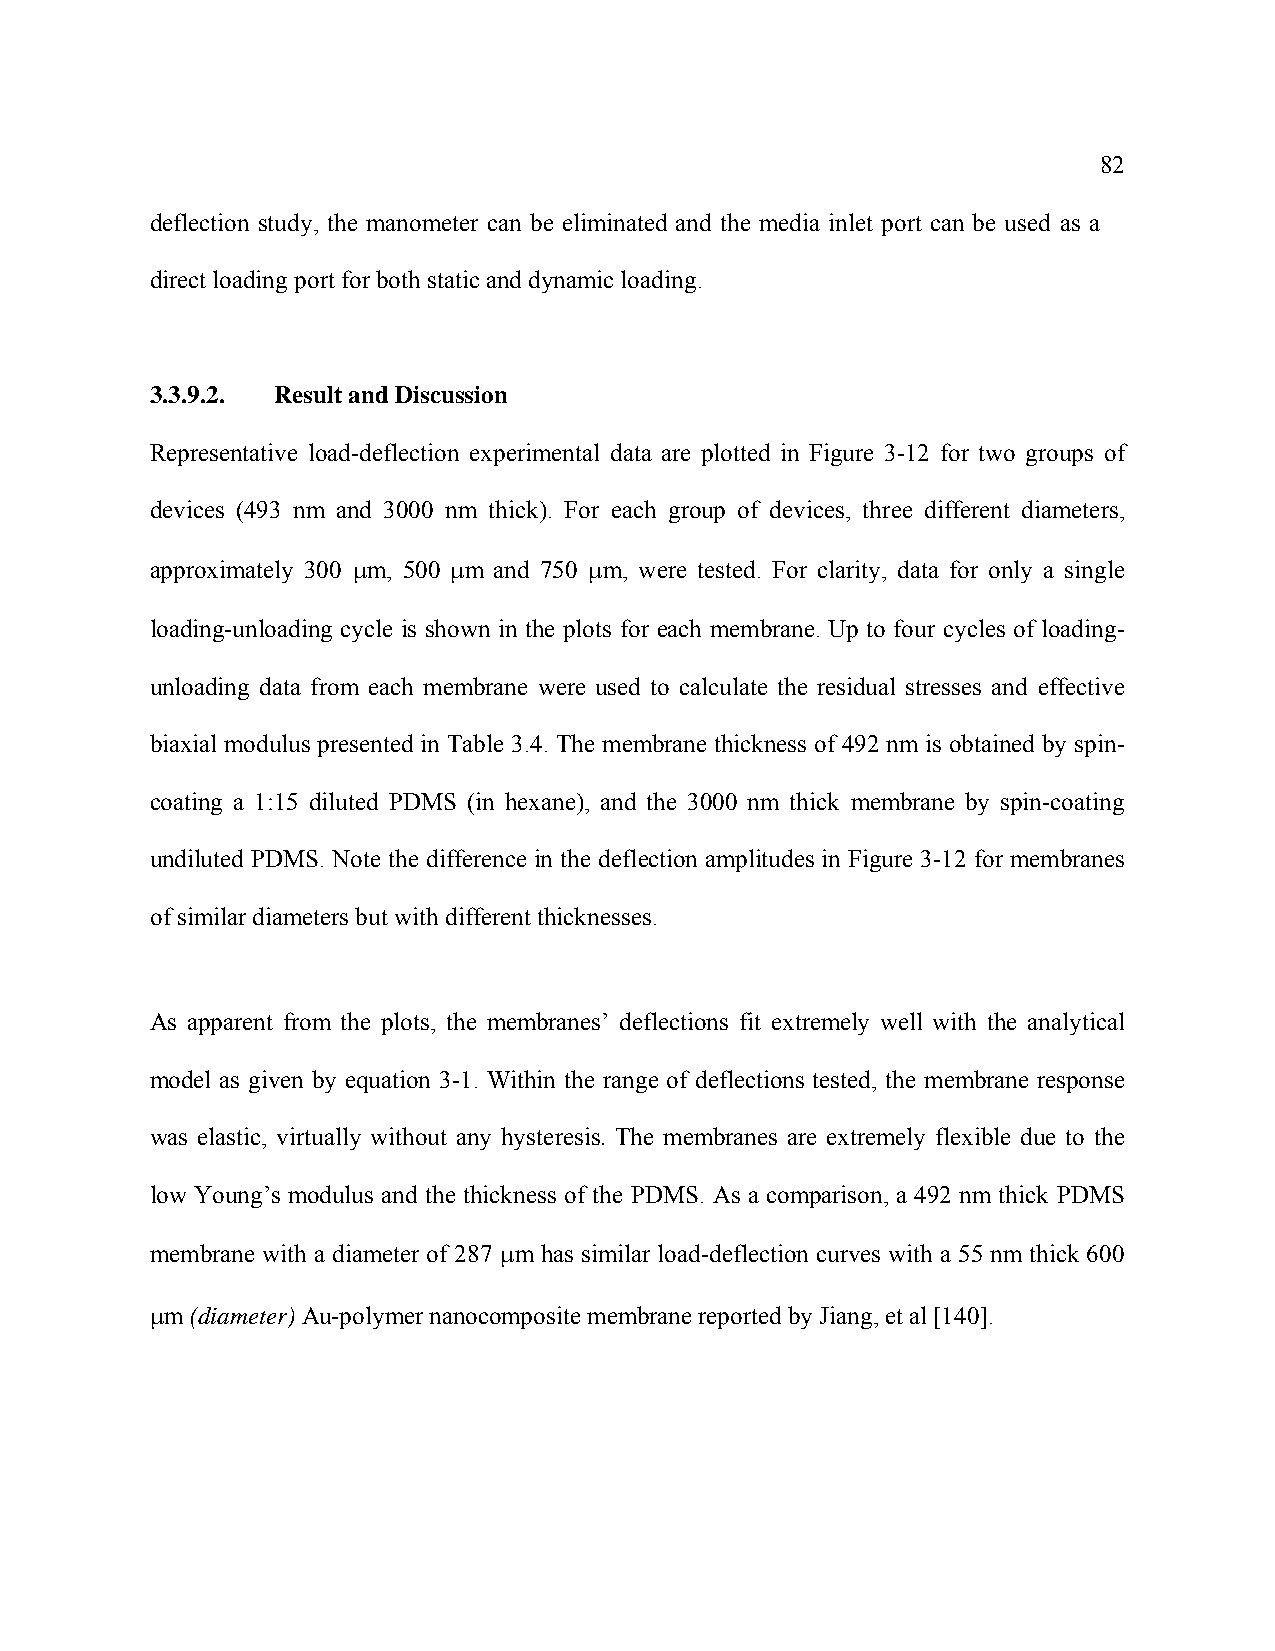
82
 deflection study, the manometer can be eliminated and the media inlet port can be used as a
 direct loading port for both static and dynamic loading.
 3.3.9.2. Result and Discussion
 Representative load-deflection experimental data are plotted in Figure 3-12 for two groups of
 devices (493 nm and 3000 nm thick). For each group of devices, three different diameters,
 approximately 300 μm, 500 μm and 750 μm, were tested. For clarity, data for only a single
 loading-unloading cycle is shown in the plots for each membrane. Up to four cycles of loading-
 unloading data from each membrane were used to calculate the residual stresses and effective
 biaxial modulus presented in Table 3.4. The membrane thickness of 492 nm is obtained by spin-
 coating a 1:15 diluted PDMS (in hexane), and the 3000 nm thick membrane by spin-coating
 undiluted PDMS. Note the difference in the deflection amplitudes in Figure 3-12 for membranes
 of similar diameters but with different thicknesses.
 As apparent from the plots, the membranes’ deflections fit extremely well with the analytical
 model as given by equation 3-1. Within the range of deflections tested, the membrane response
 was elastic, virtually without any hysteresis. The membranes are extremely flexible due to the
 low Young’s modulus and the thickness of the PDMS. As a comparison, a 492 nm thick PDMS
 membrane with a diameter of 287 μm has similar load-deflection curves with a 55 nm thick 600
 μm (diameter) Au-polymer nanocomposite membrane reported by Jiang, et al [140].